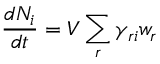
{ \frac { d N _ { i } } { d t } } = V \sum _ { r } \gamma _ { r i } w _ { r }